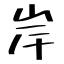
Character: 岸